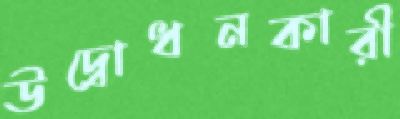
উদ্বোধনকারী